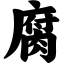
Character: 腐